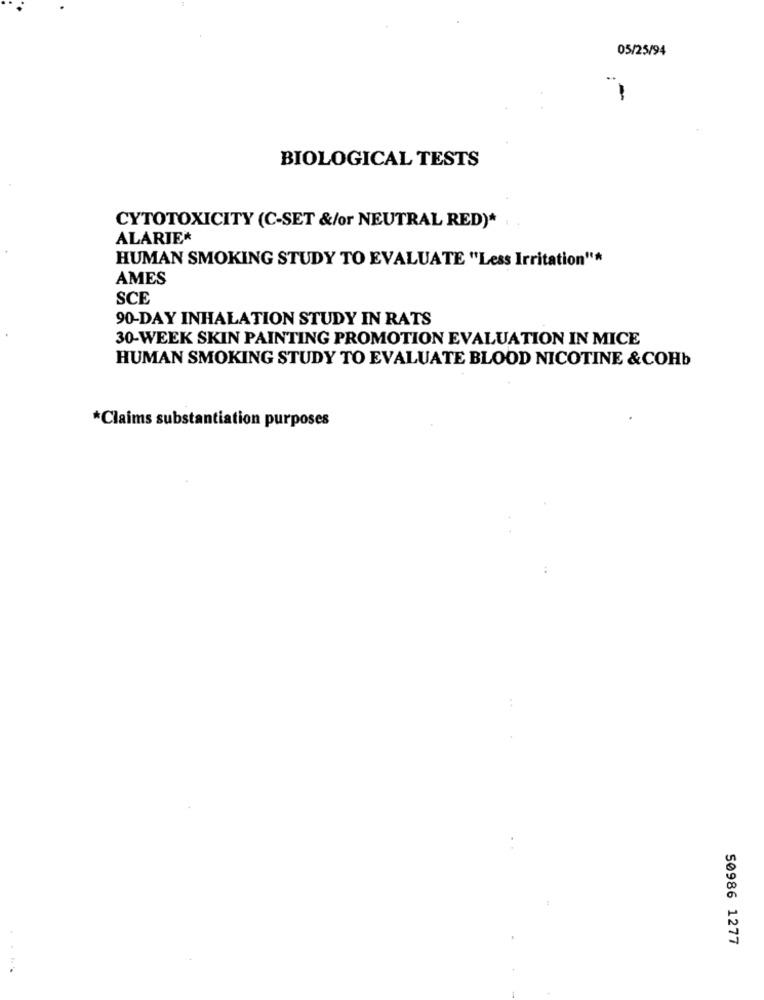
05/25/94
BIOLOGICAL TESTS
CYTOTOXICITY (C-SET &/or NEUTRAL RED)*
ALARIE*
HUMAN SMOKING STUDY TO EVALUATE "Less Irritation"*
AMES
SCE
90-DAY INHALATION STUDY IN RATS
30-WEEK SKIN PAINTING PROMOTION EVALUATION IN MICE
HUMAN SMOKING STUDY TO EVALUATE BLOOD NICOTINE & COHb
*Claims substantiation purposes
50986 1277